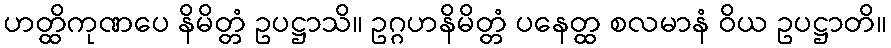
ဟတ္ထိကုဏပေ နိမိတ္တံ ဥပဋ္ဌာသိ။ ဥဂ္ဂဟနိမိတ္တံ ပနေတ္ထ စလမာနံ ဝိယ ဥပဋ္ဌာတိ။